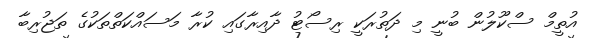
އުތީމް ސްކޫލުން ބުނީ މި ދަތުރަކީ ރިސޯޓު ދާއިރާގައި ކުރާ މަސައްކަތްތަކުގެ ތަޖުރިބާ